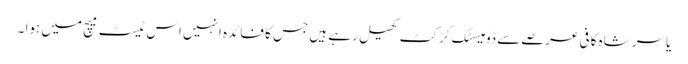
یاسر شاہ کافی عرصے سے ڈومیسٹک کرکٹ کھیل رہے ہیں جس کا فائدہ انہیں اس ٹیسٹ میچ میں ہوا ۔